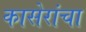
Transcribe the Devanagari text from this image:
कासेरांचा